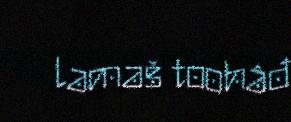
lamaš toohâđ